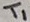
Text: T1